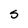
Character: S